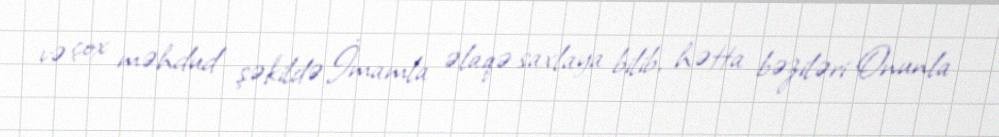
və çox məhdud şəkildə İmamla əlaqə saxlaya bilib, hətta bəziləri Onunla